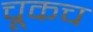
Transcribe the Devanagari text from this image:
चूकच